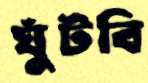
ঘুঁটবি